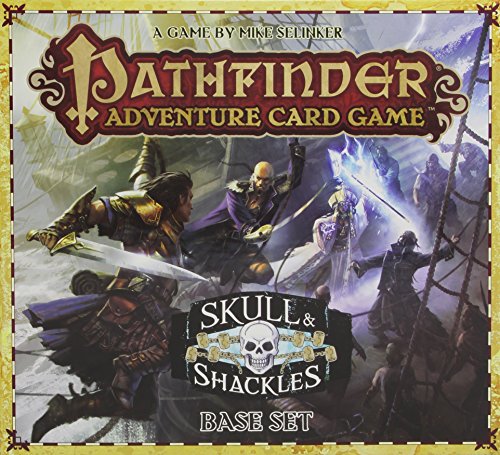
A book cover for Pathfinder Adventure Card Game: Skull & Shackles Base Set; Mike Selinker; Science Fiction & Fantasy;